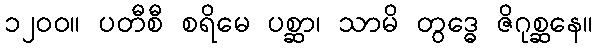
၁၂၀၀။ ပတီစီ စရိမေ ပစ္ဆာ၊ သာမိ တွဒ္ဓေ ဇိဂုစ္ဆနေ။